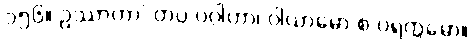
၁၅၆။ ဥဿာဟာ’ တပ္ပ ပဂ္ဂါဟာ၊ ဝါယာမော စ ပရက္ကမော။